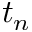
t _ { n }